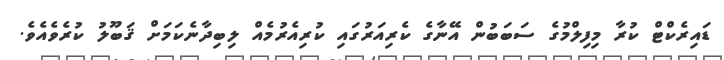
ޑައިރެކްޓްް ކުރާ މިފިލްމުގެ ސަބަބުން އޭނާގެ ކެރިއަރުގައި ކުރިއެރުމެއް ލިބިދާނެކަމަށް ޤަބޫލު ކުރެވެއެވެ.